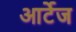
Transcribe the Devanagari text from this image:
आर्टेज